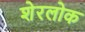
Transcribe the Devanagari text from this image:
शेरलोक